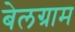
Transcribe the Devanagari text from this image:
बेलग्राम